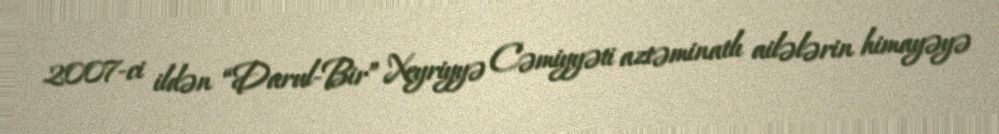
2007-ci ildən “Darul-Bir” Xeyriyyə Cəmiyyəti aztəminatlı ailələrin himayəyə